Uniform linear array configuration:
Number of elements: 12
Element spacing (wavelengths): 0.5
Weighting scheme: hann
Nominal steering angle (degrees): -30
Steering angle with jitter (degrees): -29.014
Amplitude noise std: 0.05
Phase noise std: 0.05

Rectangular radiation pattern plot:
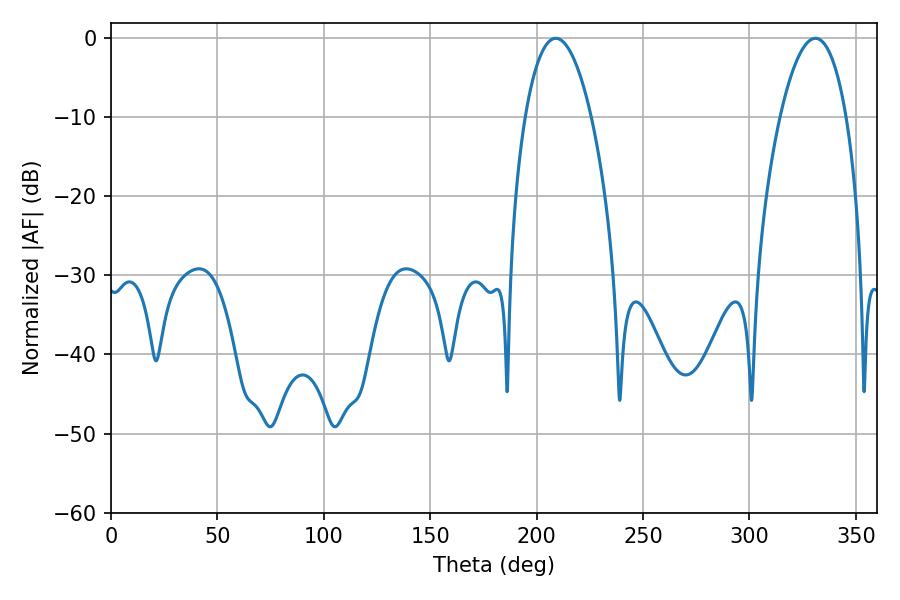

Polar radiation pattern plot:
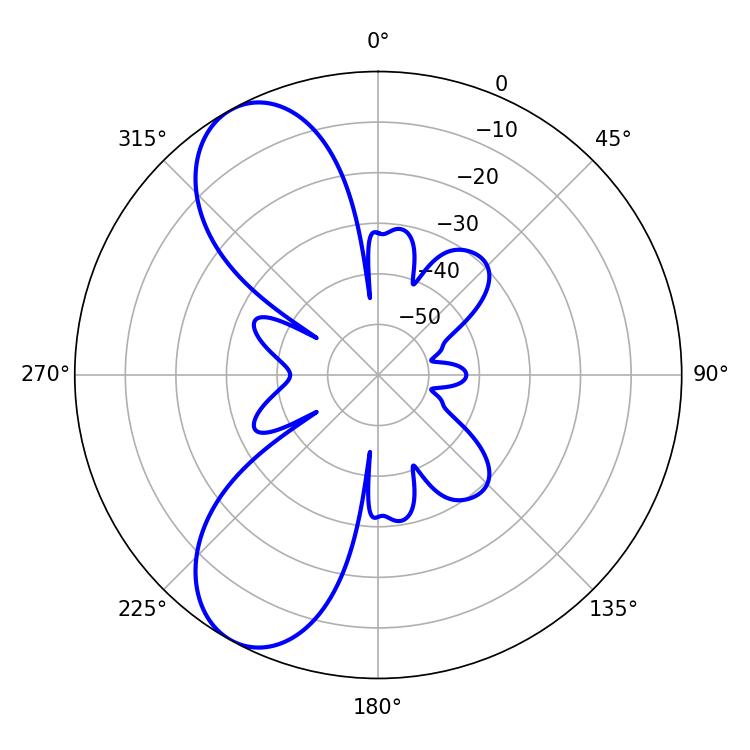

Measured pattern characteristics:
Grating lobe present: FALSE
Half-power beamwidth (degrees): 17.28
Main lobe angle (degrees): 208.98